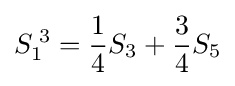
S_{1}^{\;3}={\frac {1}{4}}S_{3}+{\frac {3}{4}}S_{5}